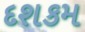
દશકમ